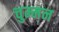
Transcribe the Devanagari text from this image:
चुम्मन